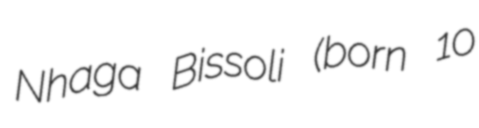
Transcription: Nhaga Bissoli (born 10